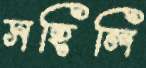
সহিলি